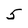
Character: 5